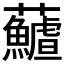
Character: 𩼻